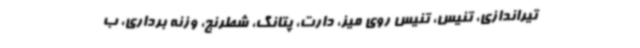
تیراندازی، تنیس، تنیس روی میز، دارت، پتانگ، شطرنج، وزنه برداری، ب